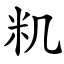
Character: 籶